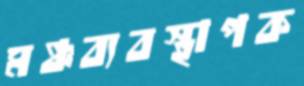
মঞ্চব্যবস্থাপক